Indian journal of veterinary science and animal husbandry - Volume 8,
Year: 1938
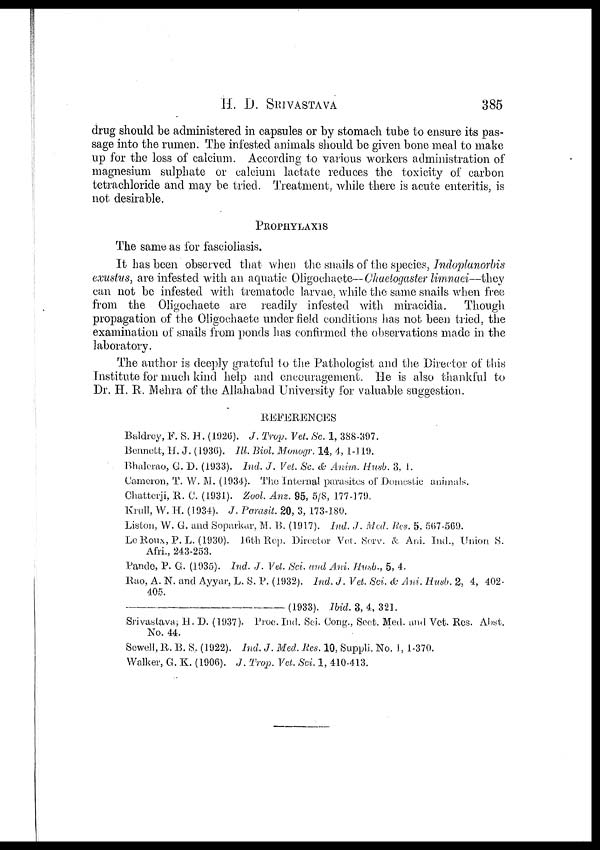
H. D.
SRIVASTAVA
385
drug should be administered in capsules or by stomach tube to ensure its pas-
sage into the rumen. The infested animals should be given bone meal to make
up for the loss of calcium. According to various workers administration of
magnesium sulphate or calcium lactate reduces the toxicity of carbon
tetrachloride and may be tried. Treatment, while there is acute enteritis, is
not desirable.
PROPHYLAXIS
The same as for fascioliasis.
It has been observed that when the snails of the species, Indoplanorbis
exustus, are infested with an aquatic Oligochaete—Chaetogaster limnaei—they
can not be infested with trematode larvae, while the same snails when free
from the Oligochaete are readily infested with miracidia.
Though
propagation of the Oligochaete under field conditions has not been tried, the
examination of snails from ponds has confirmed the observations made in the
laboratory.
The author is deeply grateful to the Pathologist and the Director of this
Institute for much kind help and encouragement. He is also thankful to
Dr. H. R. Mehra of the Allahabad University for valuable suggestion.
REFERENCES
Baldrey, F. S. H. (1926). J. Trop. Vet. Sc. 1, 388-397.
Bennett, H. J. (1936). Ill. Biol. Monogr. 14, 4, 1-119.
Bhalerao, G. D. (1933). Ind. J. Vet. Sc. & Anim. Husb. 3, 1.
Cameron, T. W. M. (1934). The Internal parasites of Domestic animals.
Chatterji, R. C. (1931). Zool. Anz. 95, 5/8, 177-179.
Krull, W. H. (1934). J. Parasit. 20, 3, 173-180.
Liston, W. G. and Soparkar, M. B. (1917). Ind. J. Med. Res. 5. 567-569.
Le Roux, P.L. (1930). 16th Rep. Director Vet. Serv. & Ani. Ind., Union S.
Afri., 243-253.
Pande, P. G. (1935). Ind. J. Vet. Sci. and Ani. Husb., 5, 4.
Rao, A. N. and Ayyar, L. S. P. (1932). Ind. J. Vet. Sci. & Ani. Husb. 2, 4, 402-
405.
—(1933).
Ibid. 3, 4, 321.
Srivastava; H. D. (1937). Proc. Ind. Sci. Cong., Sect. Med. and Vet. Res. Abst.
No. 44.
Sewell, R. B. S. (1922). Ind. J. Med. Res. 10, Suppli. No. 1, 1-370.
Walker, G. K. (1906). J. Trop. Vet. Sci. 1, 410-413.